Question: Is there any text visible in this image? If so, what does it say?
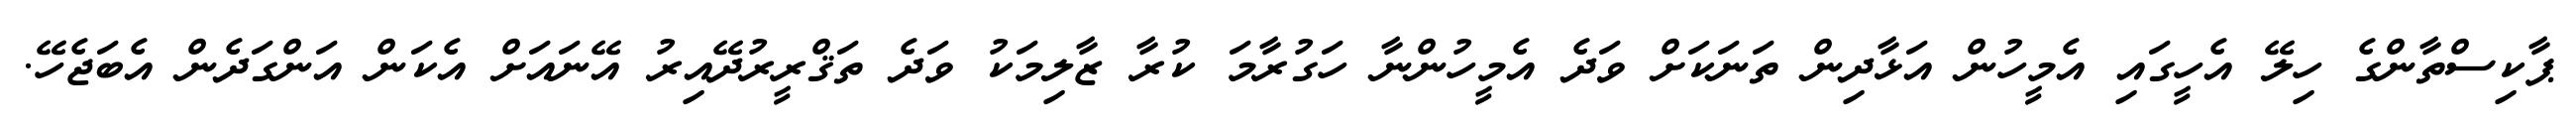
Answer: ޕާކިސްތާންގެ ހިލޭ އެހީގައި އެމީހުން އަޅާދިން ތަނަކަށް ވަދެ އެމީހުންނާ ހަގުރާމަ ކުރާ ޒާލިމަކު ވަދެ ތަޤްރީރުދޭއިރު އޭނައަށް އެކަން އަންގަދެން އެބަޖެހޭ.